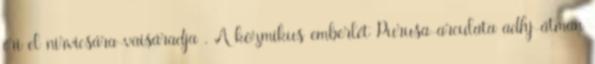
éri el nirvicsára-vaisáradja . A kozmikus emberlét Purusa-arculata adhj-átman